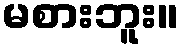
မစားဘူး။